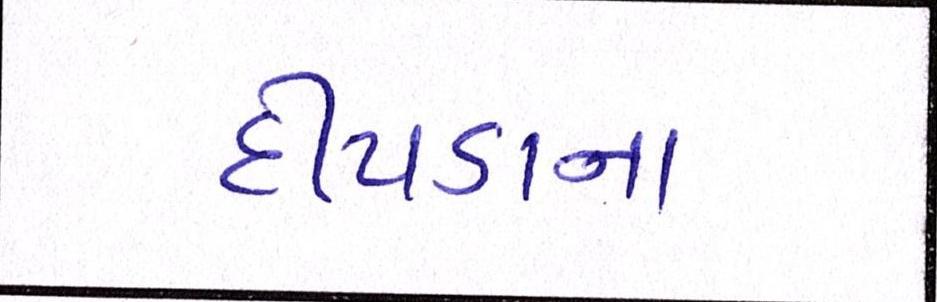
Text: દીપડાના